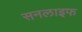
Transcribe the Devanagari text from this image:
सनलाइफ